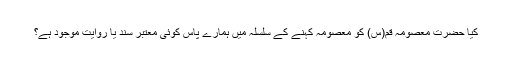
کیا حضرت معصومہ قم(س) کو معصومہ کہنے کے سلسلہ میں ہمارے پاس کوئی معتبر سند یا روایت موجود ہے؟